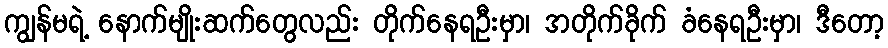
ကျွန်မရဲ့ နောက်မျိုးဆက်တွေလည်း တိုက်နေရဦးမှာ၊ အတိုက်ခိုက် ခံနေရဦးမှာ၊ ဒီတော့